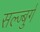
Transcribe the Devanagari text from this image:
सल्ज्बुर्ग